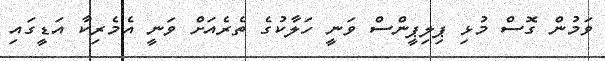
ވަމުން ގޮސް މުޅި ޕިލިޕީންސް ވަނީ ހަލާކުގެ ތެރެއަށް ވަނީ އެމެރިކާ އަޑީގައި